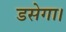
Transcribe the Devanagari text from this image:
डसेगा।